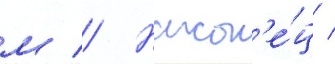
м // Након'е́ц /